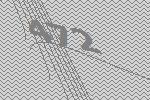
472